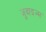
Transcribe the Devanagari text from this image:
जुदाइज्म